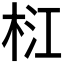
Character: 𣑴